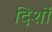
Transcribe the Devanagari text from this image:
दिशों